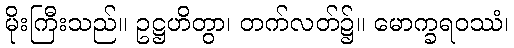
မိုးကြီးသည်။ ဥဋ္ဌဟိတွာ၊ တက်လတ်၌။ မောက္ခရဝဿံ၊